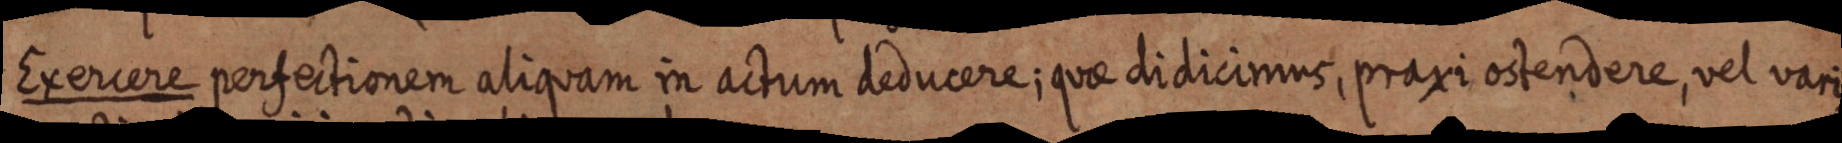
Exercere perfectionem aliquam in actum deducere; quae didicimus, praxi ostendere, vel vari